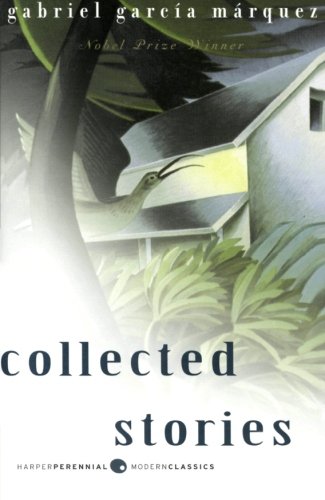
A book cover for Collected Stories; Gabriel Garcia Marquez; Literature & Fiction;